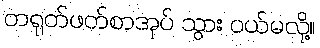
တရုတ်ဖတ်စာအုပ် သွား ဝယ်မလို့။